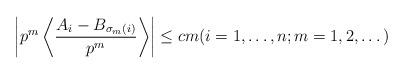
LaTeX: \begin{align*}\left| p^m \left\langle \frac{A_i - B_{\sigma_m(i)}}{p^m} \right\rangle \right| \leq cm (i=1,\dots,n; m=1,2,\dots) \end{align*}